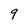
Character: 9